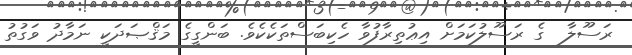
ރަސޫލާ  ގެ ރަސޫލުކަމަށް އިޢުތިރާފުވާ ހެކިބަސްތަކެކެވެ. ބަންގީގެ މަޤްޞަދަކީ ނަމާދު ވަގުތު